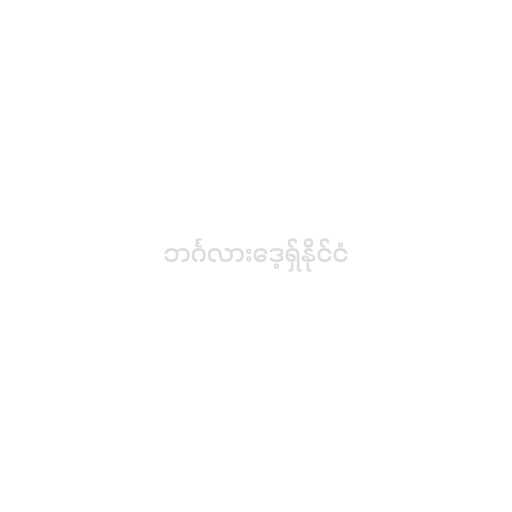
ဘင်္ဂလားဒေ့ရှ်နိုင်ငံ